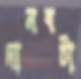
দানবটা